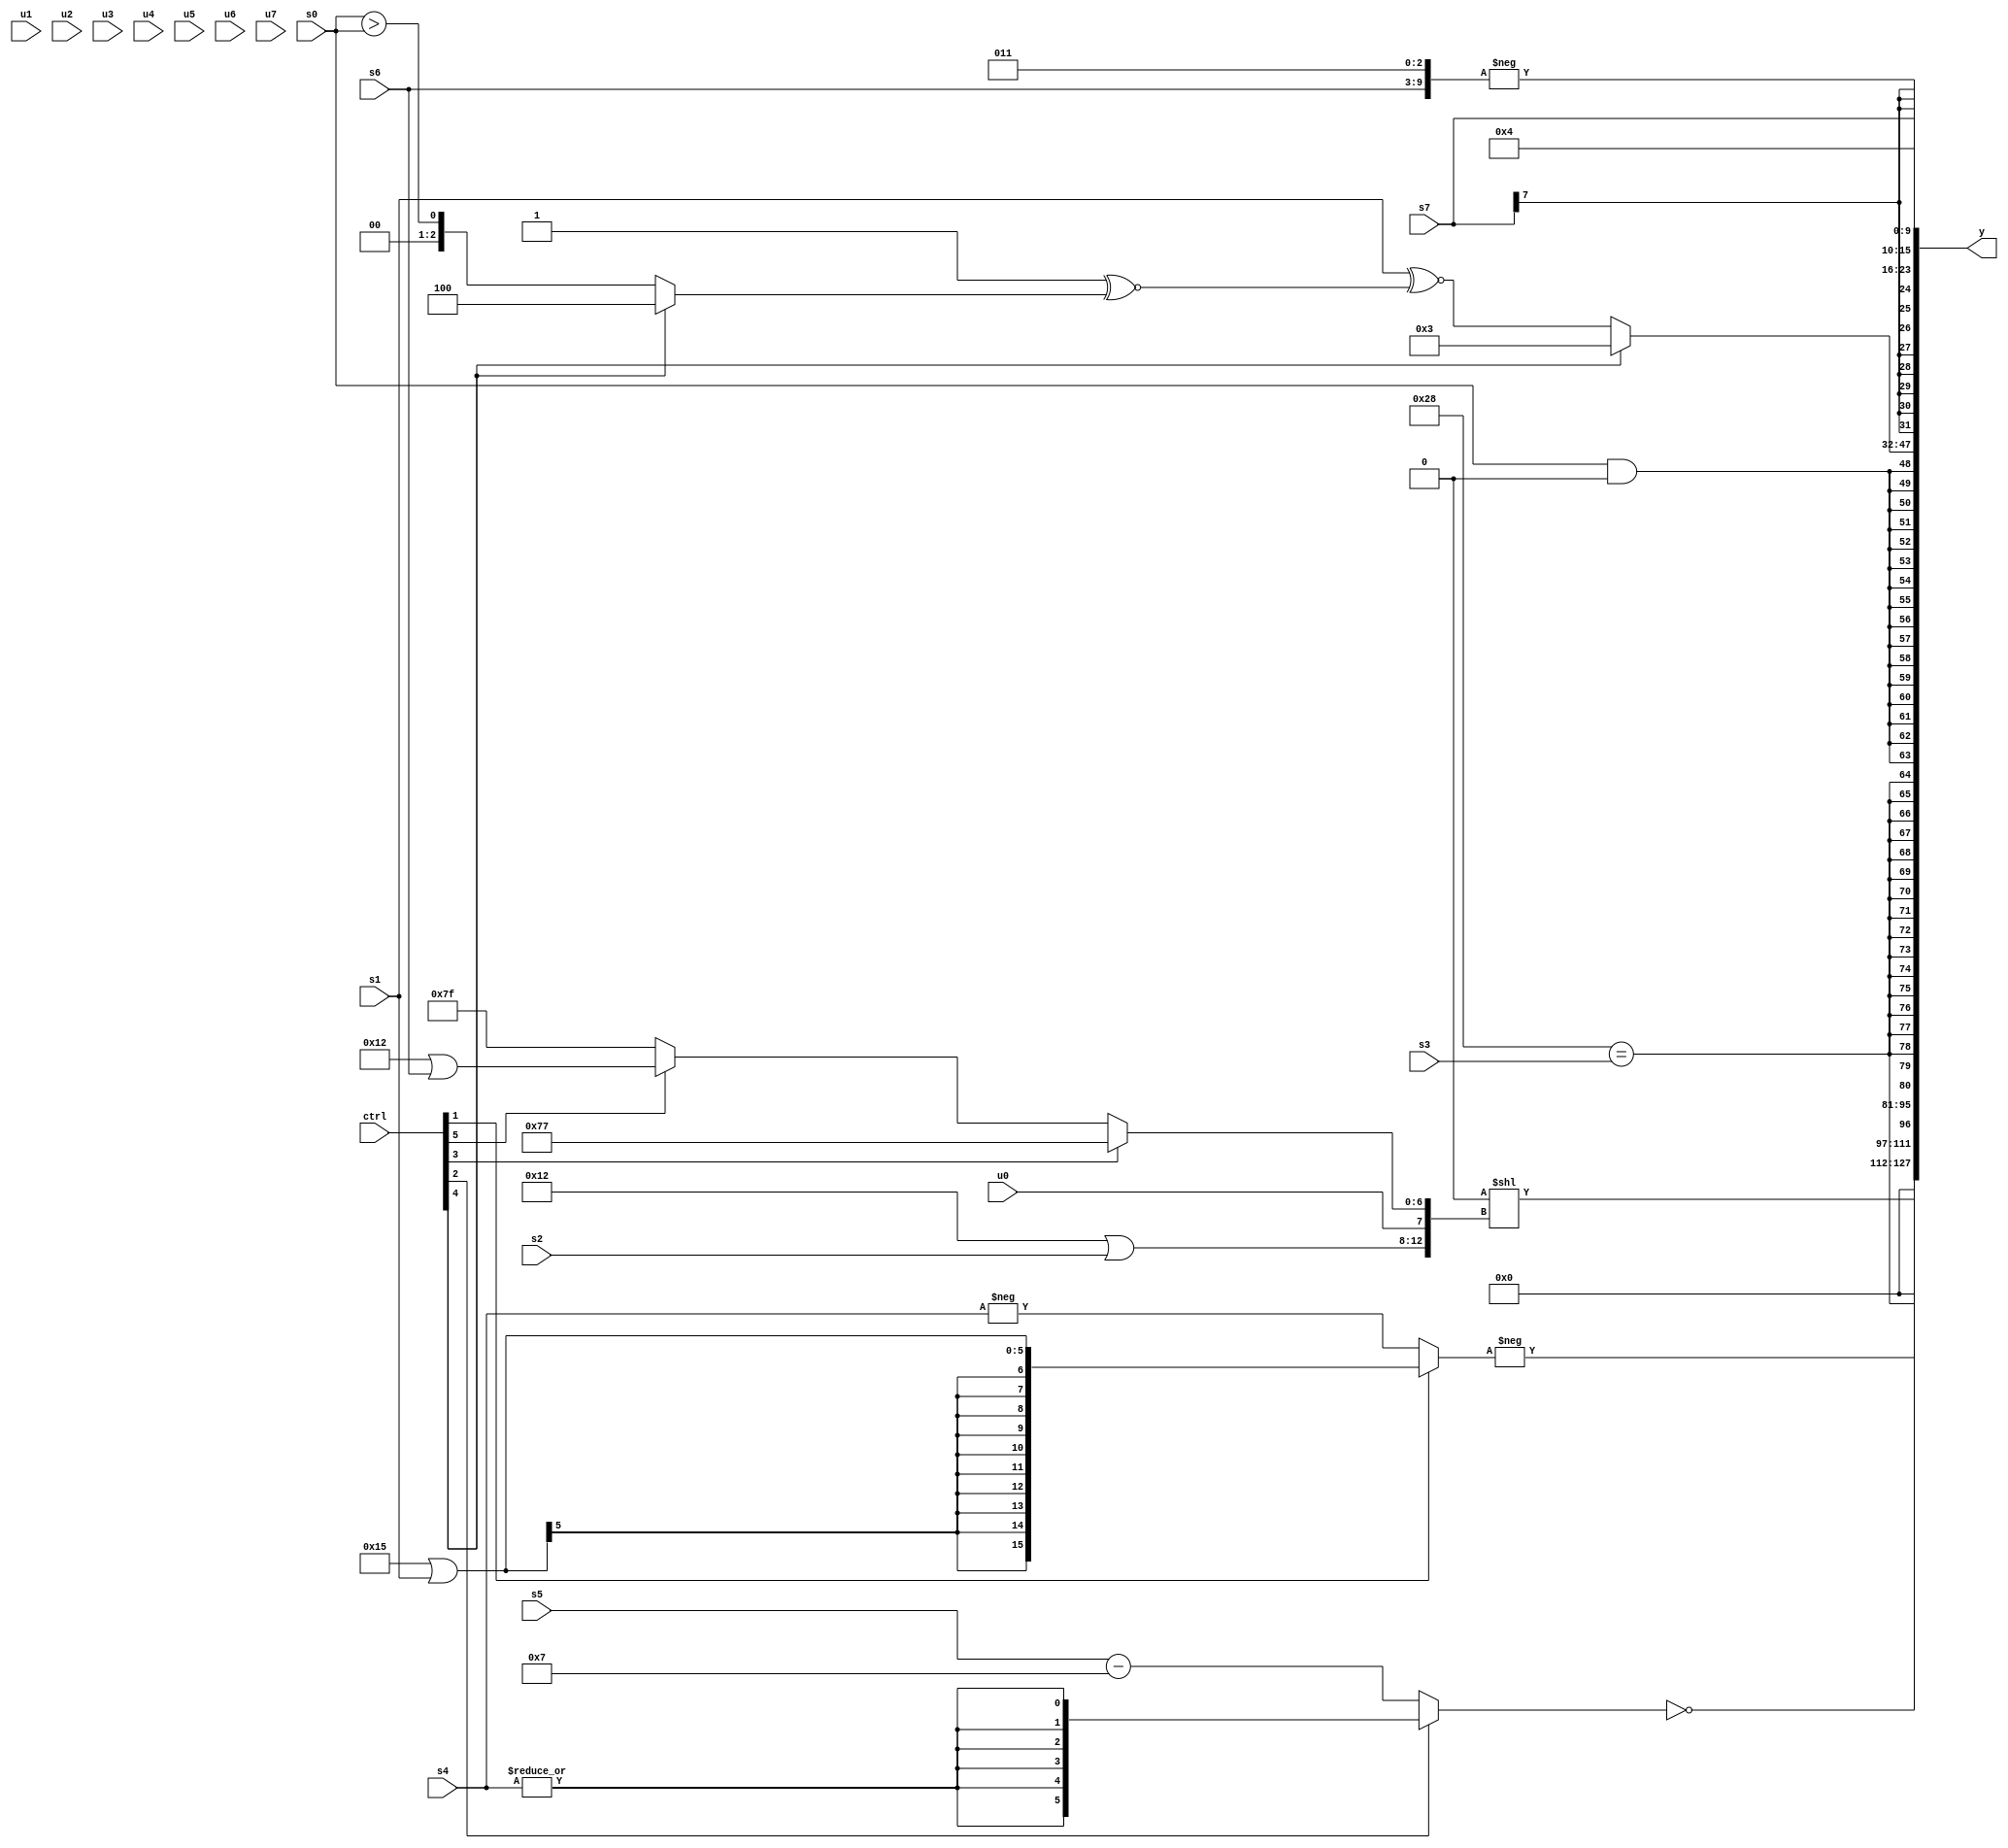
module wideexpr_00160(ctrl, u0, u1, u2, u3, u4, u5, u6, u7, s0, s1, s2, s3, s4, s5, s6, s7, y);
  input [7:0] ctrl;
  input [0:0] u0;
  input [1:0] u1;
  input [2:0] u2;
  input [3:0] u3;
  input [4:0] u4;
  input [5:0] u5;
  input [6:0] u6;
  input [7:0] u7;
  input signed [0:0] s0;
  input signed [1:0] s1;
  input signed [2:0] s2;
  input signed [3:0] s3;
  input signed [4:0] s4;
  input signed [5:0] s5;
  input signed [6:0] s6;
  input signed [7:0] s7;
  output [127:0] y;
  wire [15:0] y0;
  wire [15:0] y1;
  wire [15:0] y2;
  wire [15:0] y3;
  wire [15:0] y4;
  wire [15:0] y5;
  wire [15:0] y6;
  wire [15:0] y7;
  assign y = {y0,y1,y2,y3,y4,y5,y6,y7};
  assign y0 = -((ctrl[1]?$signed($unsigned((6'sb010101)|(s1))):-(s4)));
  assign y1 = $unsigned((|($signed(((4'sb0100)&(5'sb10010))<<(-(4'sb1110)))))<<({(5'sb10010)|(s2),u0,(ctrl[3]?6'sb110111:(ctrl[5]?(6'sb010010)|(s6):+(3'sb111)))}));
  assign y2 = !($signed((ctrl[2]?$signed(^(|(+(s4)))):(s5)-(4'sb0111))));
  assign y3 = $signed($signed((6'sb101000)==($signed(s3))));
  assign y4 = (s0)&(3'sb000);
  assign y5 = (ctrl[4]?$unsigned($signed(4'b0011)):($unsigned($unsigned(s1)))^~((1'b1)^~(((ctrl[4]?{4'sb0100}:(s0)>(s0)))>>($signed(^(2'b11))))));
  assign y6 = s7;
  assign y7 = $signed({$signed(4'sb0100),-($unsigned({s6,(3'sb001)|(3'sb011)}))});
endmodule